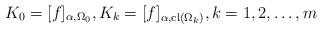
LaTeX: \begin{align*}K_0=[f]_{\alpha,\Omega_0}, K_k=[f]_{\alpha,\mathrm{cl}(\Omega_k)}, k=1,2,\ldots,m\end{align*}